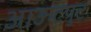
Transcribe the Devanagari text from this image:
आऊटपुट